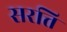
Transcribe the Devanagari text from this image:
सरत्ति